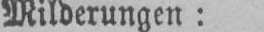
Milderungen: